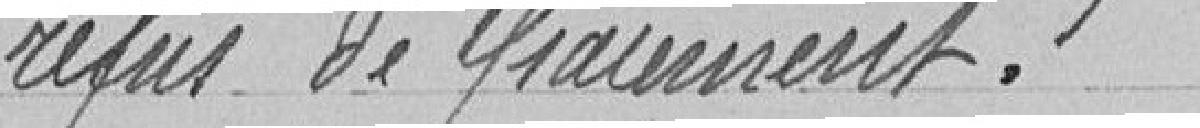
refus de paiement.